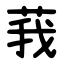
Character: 莪